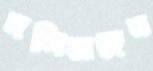
দলিয়াছেন